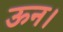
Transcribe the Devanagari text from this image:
ऊन।